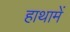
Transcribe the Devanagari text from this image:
हाथामें